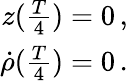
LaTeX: \begin{array}{r}{z(\frac{T}{4})=0\, ,}\\ {\dot{\rho}(\frac{T}{4})=0\, .}\end{array}